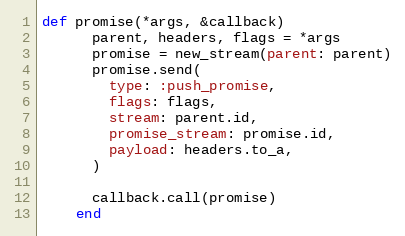
Language: Ruby
def promise(*args, &callback)
      parent, headers, flags = *args
      promise = new_stream(parent: parent)
      promise.send(
        type: :push_promise,
        flags: flags,
        stream: parent.id,
        promise_stream: promise.id,
        payload: headers.to_a,
      )

      callback.call(promise)
    end